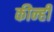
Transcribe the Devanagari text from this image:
कीन्‍ही